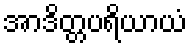
အာဒိတ္တပရိယာယံ